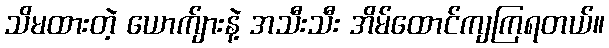
သိမထားတဲ့ ယောက်ျားနဲ့ အသီးသီး အိမ်ထောင်ကျကြရတယ်။